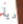
ديا